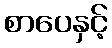
စာပေနှင့်